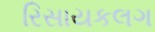
રિસાયકલગ